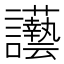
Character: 𲂀